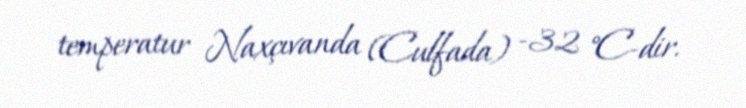
temperatur Naxçıvanda (Culfada) −32 °C-dir.